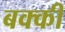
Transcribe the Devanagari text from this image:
बक्की